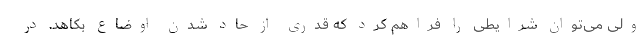
ولی می‌توان شرایطی را فراهم کرد که قدری از حاد شدن اوضاع بکاهد. در